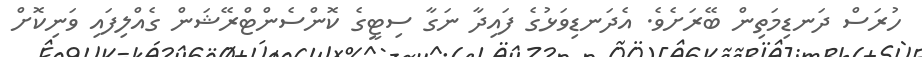
ހުރަސް ދަނޑިމަތިން ބޭރަށެވެ. އެދަނޑިވަޅުގެ ފައިދާ ނަގާ ސިޓީގެ ކޮންސެންޓްރޭޝަން ގެއްލިފައި ވަނިކޮށް